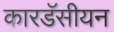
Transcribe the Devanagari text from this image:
कारडॅसीयन